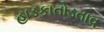
હાડકાતોડતાવ